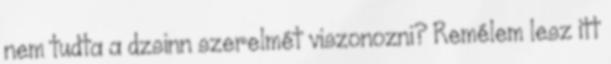
nem tudta a dzsinn szerelmét viszonozni? Remélem lesz itt